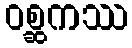
ဝစ္ဆကဿ